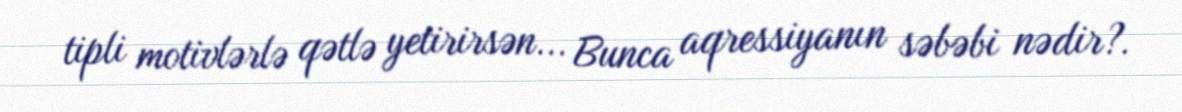
tipli motivlərlə qətlə yetirirsən... Bunca aqressiyanın səbəbi nədir?.